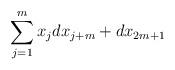
LaTeX: \begin{align*}\sum_{j=1}^mx_jdx_{j+m}+dx_{2m+1}\end{align*}